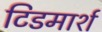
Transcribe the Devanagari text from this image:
टिडमार्श